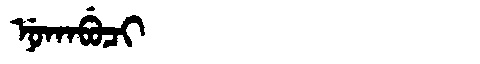
Manchu: ᠨᡠᡴᠠᠪᡠᠴᡳ
Romanization: NUKABUCI